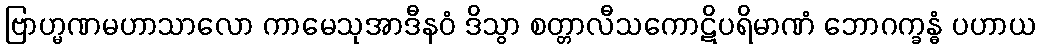
ဗြာဟ္မဏမဟာသာလော ကာမေသုအာဒီနဝံ ဒိသွာ စတ္တာလီသကောဋိပရိမာဏံ ဘောဂက္ခန္ဓံ ပဟာယ